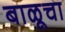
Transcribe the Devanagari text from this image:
बाळूचा